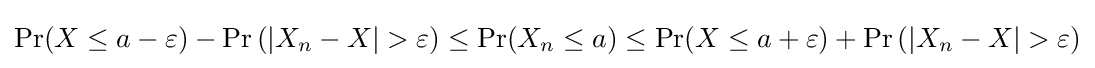
\operatorname {Pr} (X\leq a-\varepsilon )-\operatorname {Pr} \left(\left|X_{n}-X\right|>\varepsilon \right)\leq \operatorname {Pr} (X_{n}\leq a)\leq \operatorname {Pr} (X\leq a+\varepsilon )+\operatorname {Pr} \left(\left|X_{n}-X\right|>\varepsilon \right)